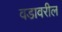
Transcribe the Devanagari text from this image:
वडावरील